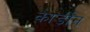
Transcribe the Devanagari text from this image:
कार्डीन